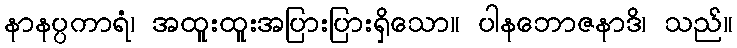
နာနပ္ပကာရံ၊ အထူးထူးအပြားပြားရှိသော။ ပါနဘောဇနာဒိ၊ သည်။